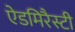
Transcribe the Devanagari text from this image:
ऐडमिरैस्टी